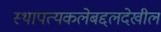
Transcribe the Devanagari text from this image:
स्थापत्यकलेबद्दलदेखील